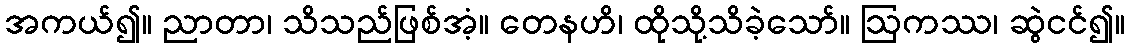
အကယ်၍။ ညာတာ၊ သိသည်ဖြစ်အံ့။ တေနဟိ၊ ထိုသို့သိခဲ့သော်။ ဩကဿ၊ ဆွဲငင်၍။